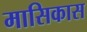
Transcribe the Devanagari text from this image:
मासिकास